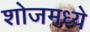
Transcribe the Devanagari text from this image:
शोजमध्ये